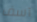
آسف